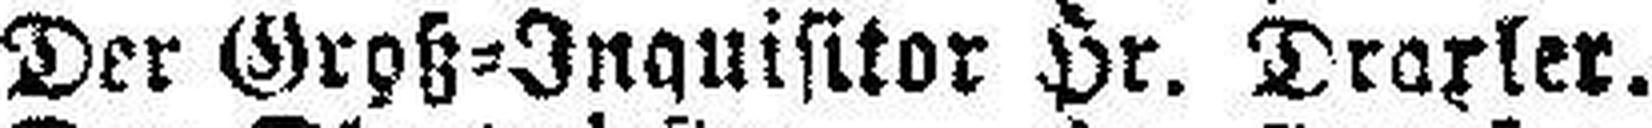
Der Groß=Inquisitor Hr. Draxler.